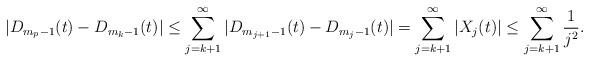
LaTeX: \begin{align*} |D_{m_p-1}(t)-D_{m_k-1}(t)|\leq \sum_{j=k+1}^\infty|D_{m_{j+1}-1}(t)-D_{m_j-1}(t)| =\sum_{j=k+1}^\infty|X_j(t)|\leq\sum_{j=k+1}^\infty\frac{1}{j^2}. \end{align*}